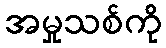
အမှုသစ်ကို